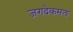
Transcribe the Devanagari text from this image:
जगदेकमल